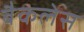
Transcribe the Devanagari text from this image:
बैकलेस